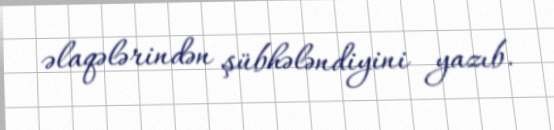
əlaqələrindən şübhələndiyini yazıb.